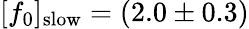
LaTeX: [f_{0}]_{\mathrm{slow}}=(2.0\pm 0.3)